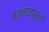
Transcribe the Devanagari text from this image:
पतनावस्था